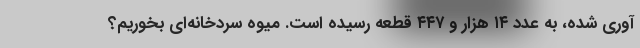
آوری شده، به عدد ۱۴ هزار و ۴۴۷ قطعه رسیده است. میوه سردخانه‌ای بخوریم؟